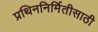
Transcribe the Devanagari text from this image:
प्रथिननिर्मितीसाठी